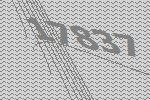
17837